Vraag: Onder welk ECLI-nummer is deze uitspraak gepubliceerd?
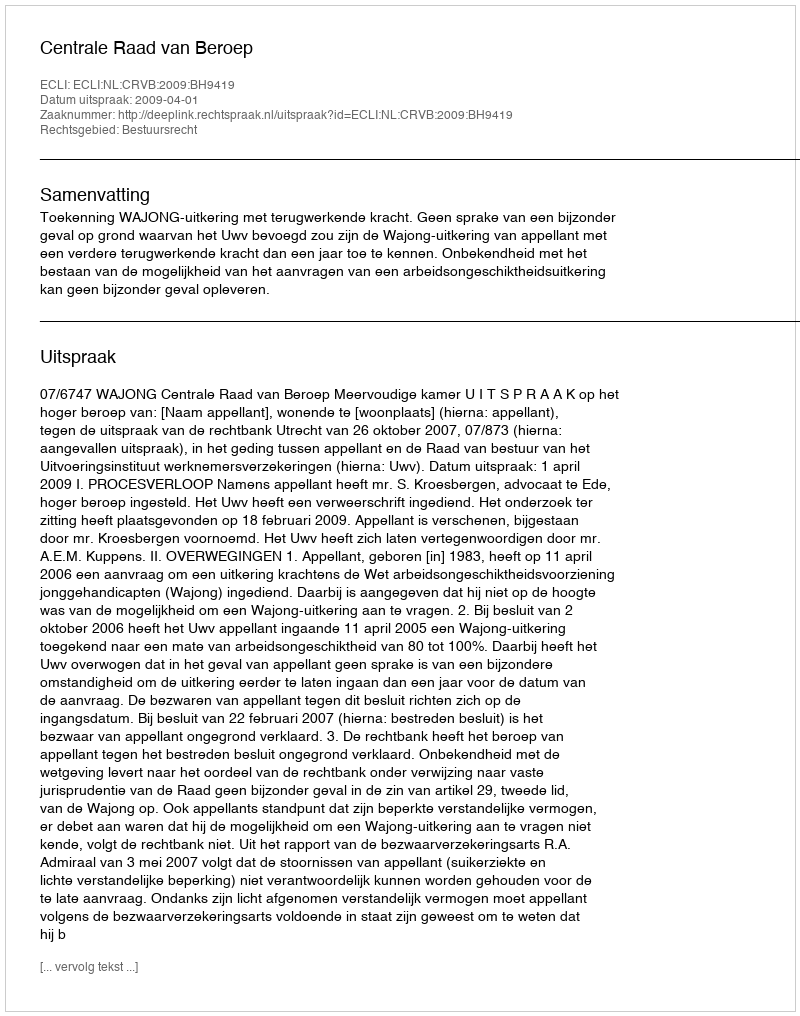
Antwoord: ECLI:NL:CRVB:2009:BH9419